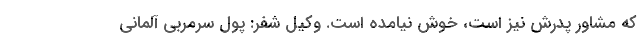
که مشاور پدرش نیز است، خوش نیامده است. وکیل شفر: پول سرمربی آلمانی